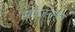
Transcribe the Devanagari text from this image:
संयोजनांमध्ये